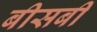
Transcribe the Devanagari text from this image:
बीसबीं